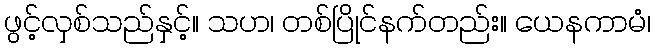
ဖွင့်လှစ်သည်နှင့်။ သဟ၊ တစ်ပြိုင်နက်တည်း။ ယေနကာမံ၊